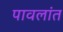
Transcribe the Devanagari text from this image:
पावलांत